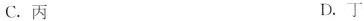
C.丙 D.丁